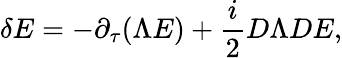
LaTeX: \delta E=-\partial_{\tau}(\Lambda E)+{\frac{i}{2}}D\Lambda DE,